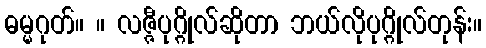
ဓမ္မဂုတ်။ ။ လဇ္ဇီပုဂ္ဂိုလ်ဆိုတာ ဘယ်လိုပုဂ္ဂိုလ်တုန်း။